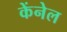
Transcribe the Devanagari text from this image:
केंनेल